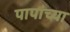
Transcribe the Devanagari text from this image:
पापांच्या